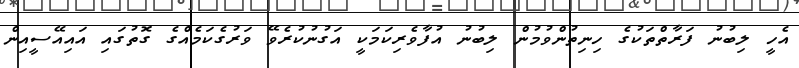
އެހީ ލިބުނު ފަރާތްތަކުގެ ހިނިތުންވުމުން ލިބުނު އުފާވެރިކަމަކީ އަގުނުކުރެވޭ ވަރުގެކަމެއްގެ ގޮތުގައި އައިއޭސީއިން